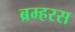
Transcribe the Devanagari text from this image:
ब्रम्हरस